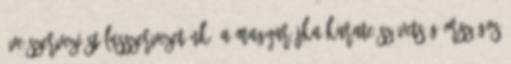
éve szervezi stílusszervezetünk, a magyar JKA Karate Szövetség országos